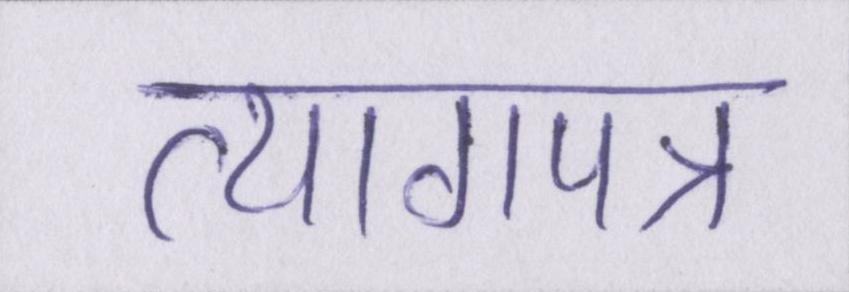
त्यागपत्र